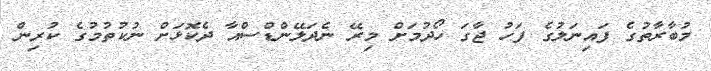
މުބާރާތުގެ ފައިނަލުގެ ފަހު ޖާގަ ހޯދުމަށް މިރޭ ނެދަލޭންޑްސްއާ ދެކޮޅަށް ނުކުތުމުގެ ކުރިން